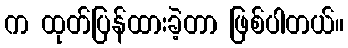
က ထုတ်ပြန်ထားခဲ့တာ ဖြစ်ပါတယ်။